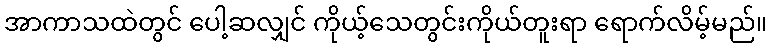
အာကာသထဲတွင် ပေါ့ဆလျှင် ကိုယ့်သေတွင်းကိုယ်တူးရာ ရောက်လိမ့်မည်။